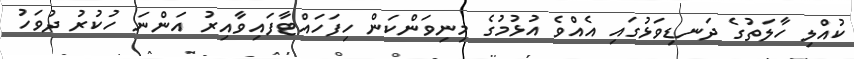
ކުއްލި ހާލަތުގެ ދަނޑިވަޅުގައި އެއްވެ އުޅުމުގެ މިނިވަންކަން ހިފަހައްޓާފައިވާއިރު އަންނަ ހުކުރު ދުވަހު